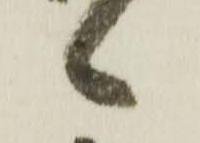
候